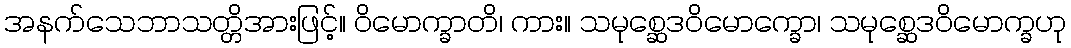
အနက်သေဘာသတ္တိအားဖြင့်။ ဝိမောက္ခာတိ၊ ကား။ သမုစ္ဆေဒဝိမောက္ခော၊ သမုစ္ဆေဒဝိမောက္ခဟု